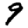
Digit: 9